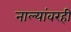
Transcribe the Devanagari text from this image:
नाल्यांवरही